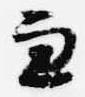
兼